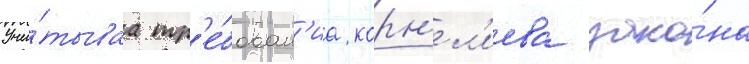
Учи́тываа тр'е́бован'иа корн'ел'иева зако́на